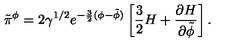
\tilde { \pi } ^ { \phi } = 2 \gamma ^ { 1 / 2 } e ^ { - \frac { 3 } { 2 } ( \phi - \tilde { \phi } ) } \left[ \frac { 3 } { 2 } H + \frac { \partial H } { \partial \tilde { \phi } } \right] .